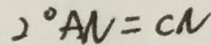
2 ^ { \circ } A N = C N